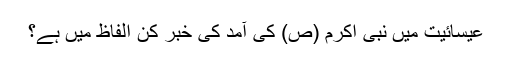
عیسائیت میں نبی اکرم (ص) کی آمد کی خبر کن الفاظ میں‌ ہے؟